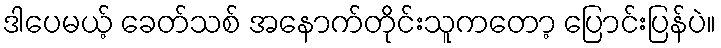
ဒါပေမယ့် ခေတ်သစ် အနောက်တိုင်းသူကတော့ ပြောင်းပြန်ပဲ။